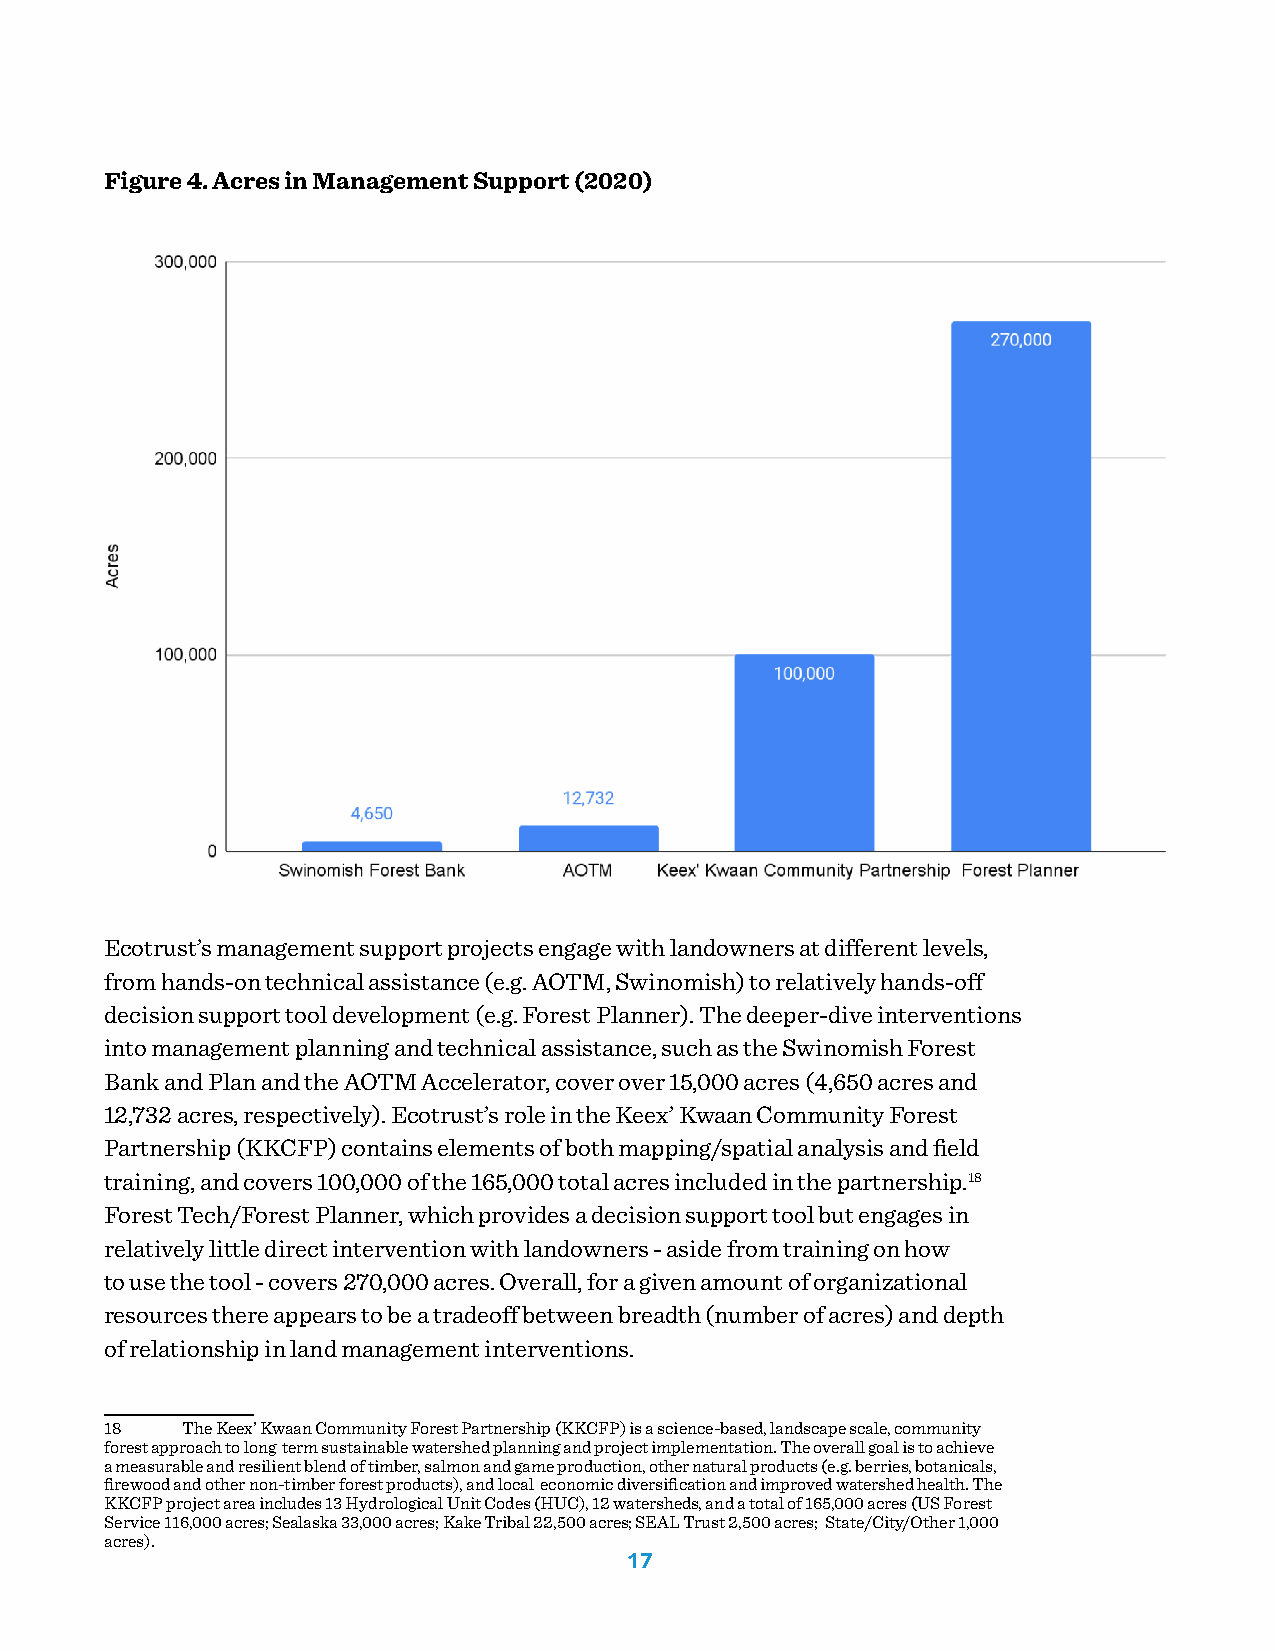
Figure 4. Acres in Management Support (2020)
 Ecotrust’s management support projects engage with landowners at different levels,
 from hands-on technical assistance (e.g. AOTM, Swinomish) to relatively hands-off
 decision support tool development (e.g. Forest Planner). The deeper-dive interventions
 into management planning and technical assistance, such as the Swinomish Forest
 Bank and Plan and the AOTM Accelerator, cover over 15,000 acres (4,650 acres and
 12,732 acres, respectively). Ecotrust’s role in the Keex’ Kwaan Community Forest
 Partnership (KKCFP) contains elements of both mapping/spatial analysis and field
 training, and covers 100,000 of the 165,000 total acres included in the partnership.18
 Forest Tech/Forest Planner, which provides a decision support tool but engages in
 relatively little direct intervention with landowners - aside from training on how
 to use the tool - covers 270,000 acres. Overall, for a given amount of organizational
 resources there appears to be a tradeoff between breadth (number of acres) and depth
 of relationship in land management interventions.
 18   The Keex’ Kwaan Community Forest Partnership (KKCFP) is a science-based, landscape scale, community
 forest approach to long term sustainable watershed planning and project implementation. The overall goal is to achieve
 a measurable and resilient blend of timber, salmon and game production, other natural products (e.g. berries, botanicals,
 firewood and other non-timber forest products), and local economic diversification and improved watershed health. The
 KKCFP project area includes 13 Hydrological Unit Codes (HUC), 12 watersheds, and a total of 165,000 acres (US Forest
 Service 116,000 acres; Sealaska 33,000 acres; Kake Tribal 22,500 acres; SEAL Trust 2,500 acres; State/City/Other 1,000
 acres).
 17